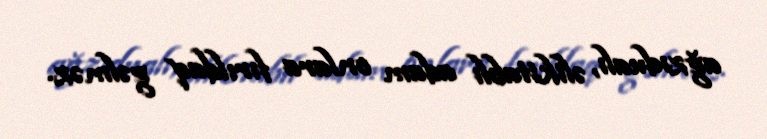
ağzıdualı, əlikitablı adam onlara fırıldaq gəlməz.